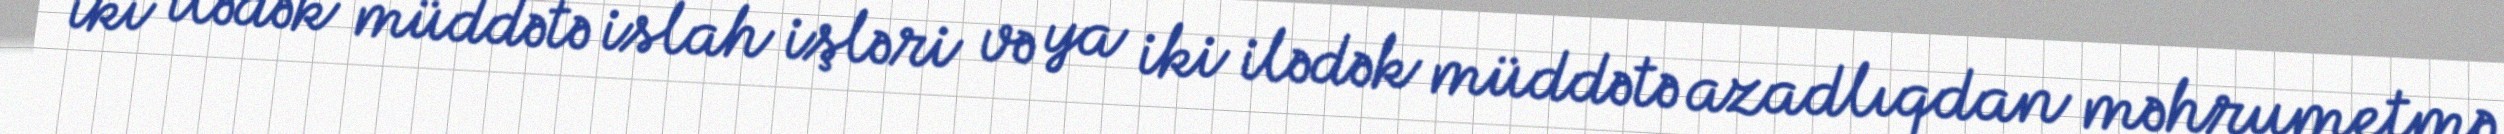
iki ilədək müddətə islah işləri və ya iki ilədək müddətə azadlıqdan məhrumetmə